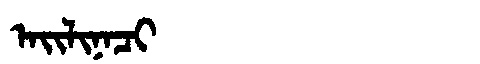
Manchu: ᠠᡳᠯᡳᠨᠠᠴᡳ
Romanization: AILINACI